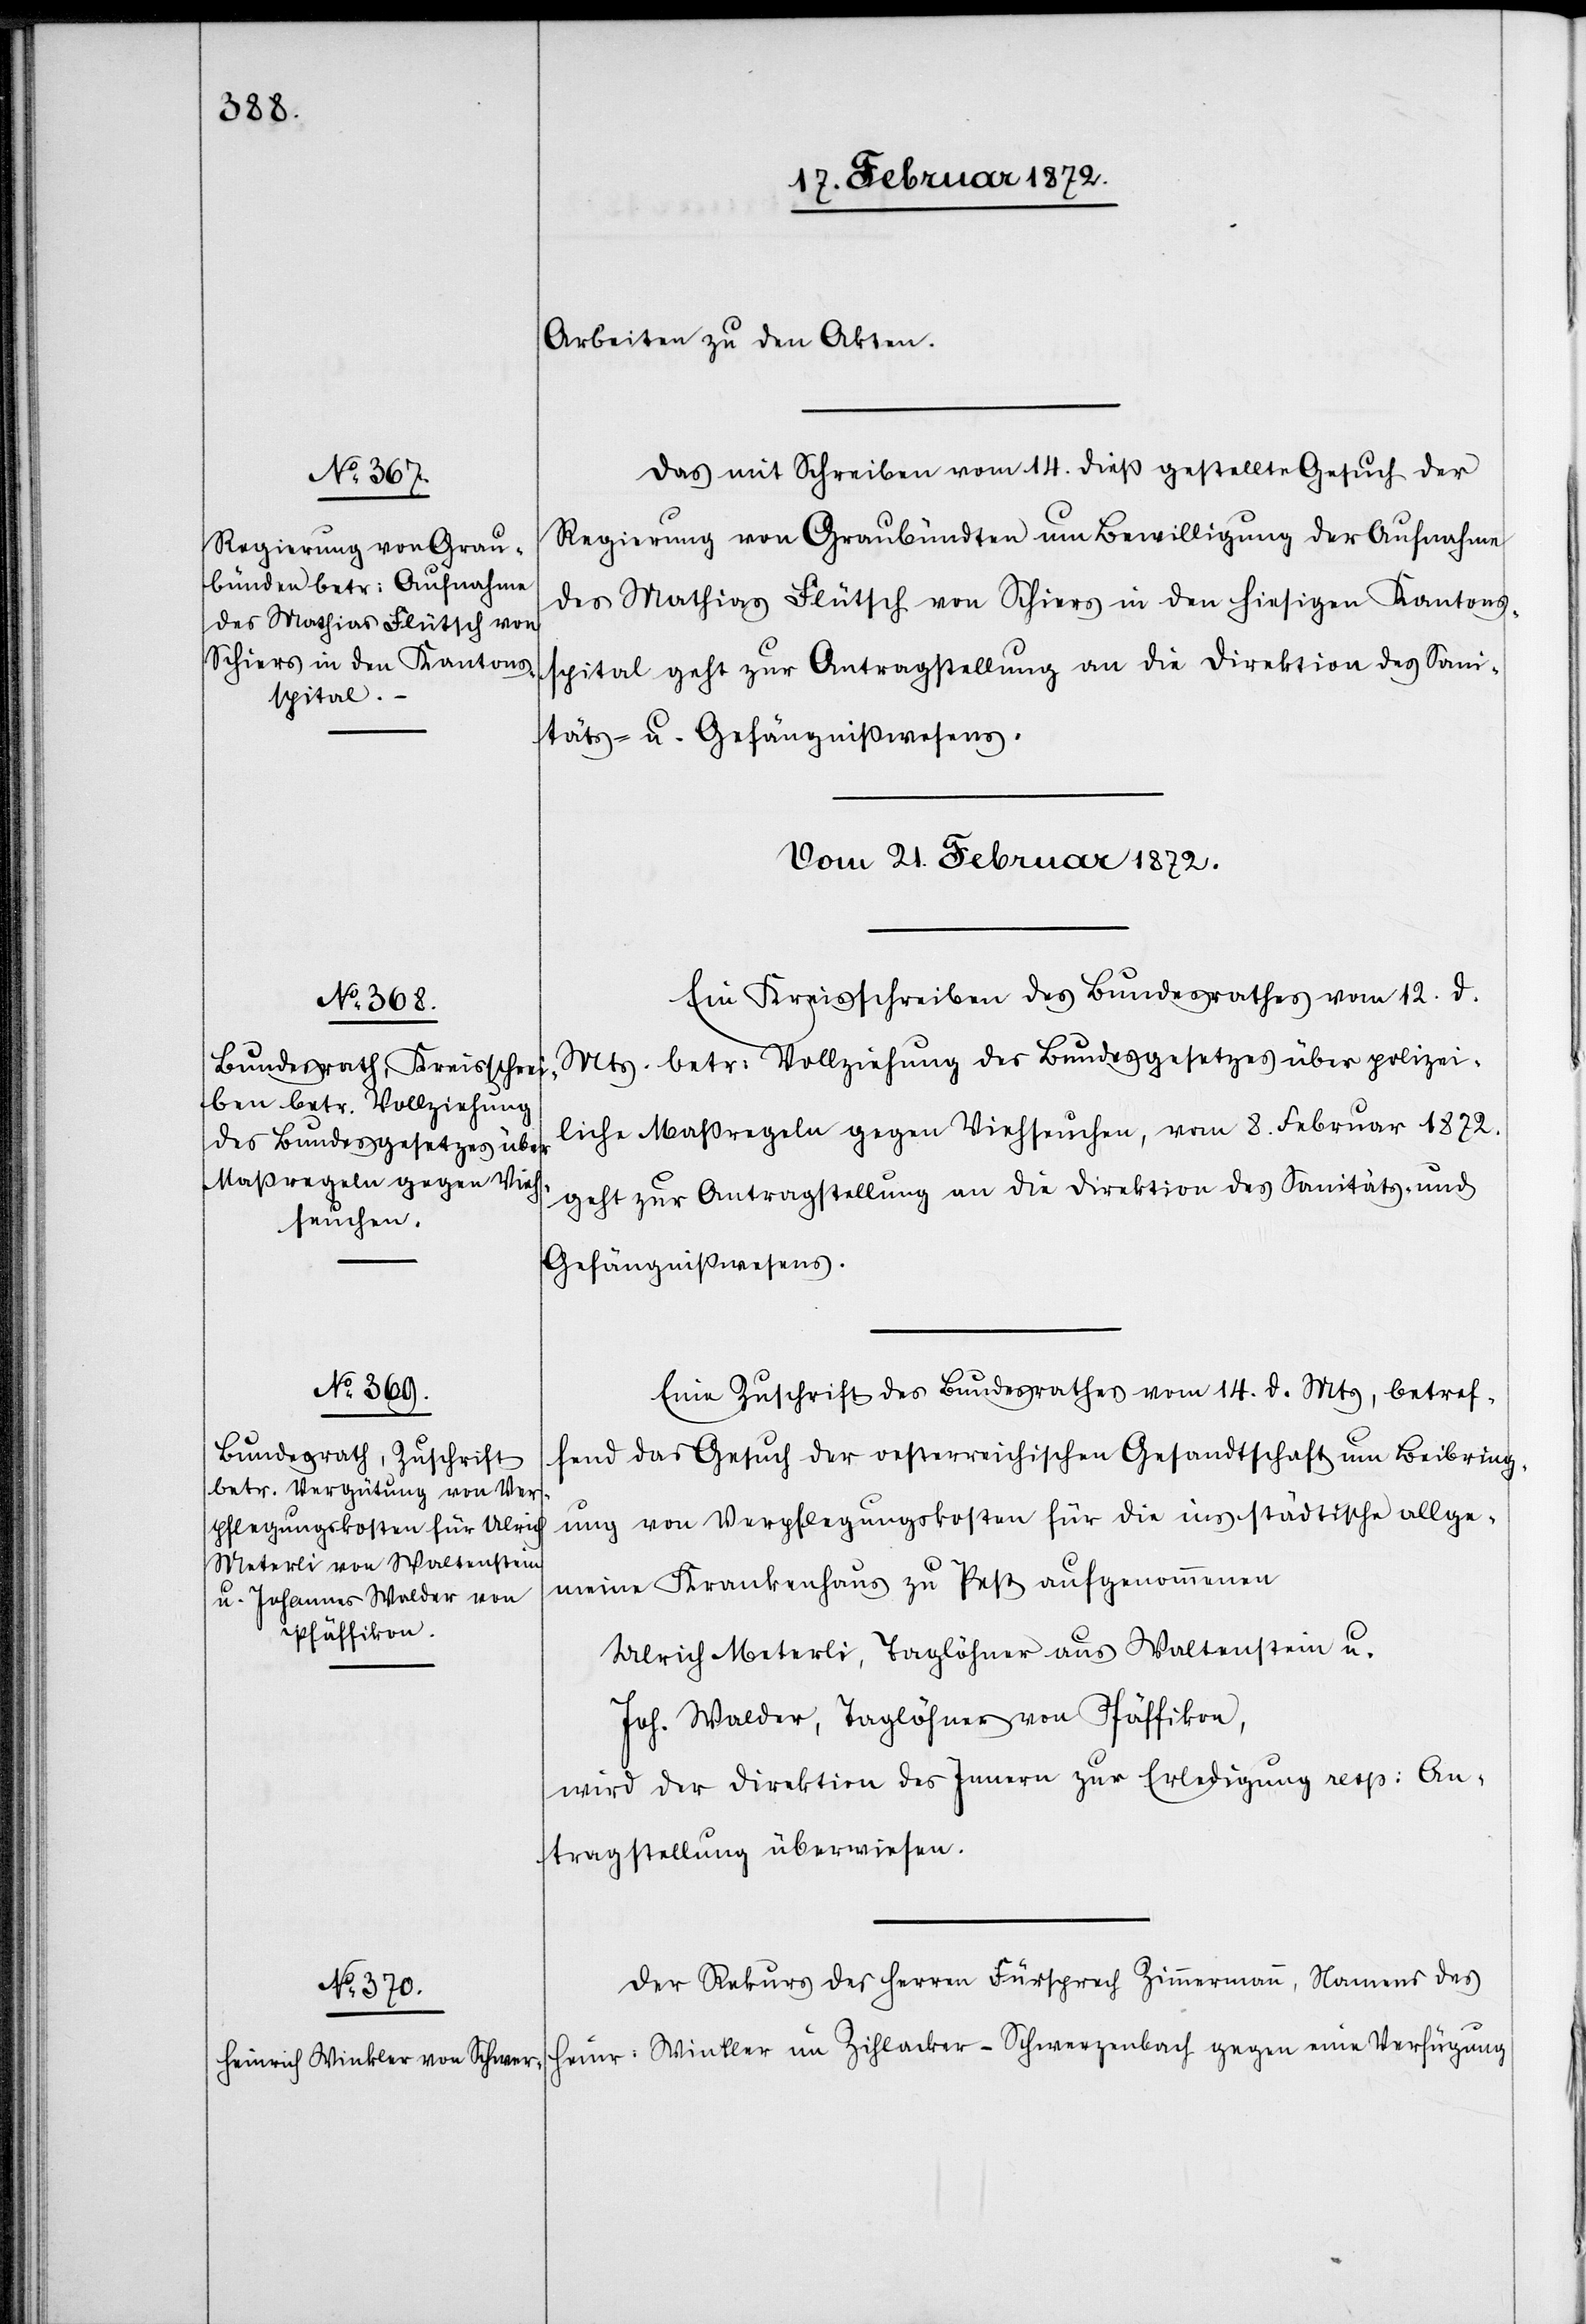
Arbeiten zu den Akten.
Das mit Schreiben vom 14. dieß gestellte Gesuch der
Regierung von Graubündten [sic!] um Bewilligung der Aufnahme
des Mathias Flütsch von Schiers in den hiesigen Kantons¬
spital geht zur Antragstellung an die Direktion des Sani¬
täts- u. Gefängnißwesens.
Ein Kreisschreiben des Bundesrathes vom 12. d.
Mts. betr. Vollziehung des Bundesgesetzes über polizei¬
liche Maßregeln gegen Viehseuchen, vom 8. Februar 1872.
geht zur Antragstellung an die Direktion des Sanitäts- u.
Gefängnißwesens.
Eine Zuschrift des Bundesrathes vom 14. d. Mts, betref¬
fend das Gesuch der oesterreichischen Gesandtschaft um Beibring¬
ung von Verpflegungskosten für die ins städtische allge¬
meine Krankenhaus zu Pest aufgenommenen
Ulrich Meterli, Taglöhner aus Waltenstein u.
Joh. Walder, Taglöhner von Pfäffikon,
wird der Direktion des Innern zur Erledigung resp. An¬
tragstellung überwiesen.
Der Rekurs des Herren Fürsprech Zimmermann, Namens des
Heinr. Winkler im Zihlacker-Schwerzenbach gegen eine Verfügung